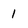
Character: 1